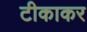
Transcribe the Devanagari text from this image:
टीकाकर